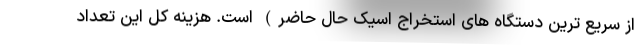
از سریع ترین دستگاه های استخراج اسیک حال حاضر) است. هزینه کل این تعداد